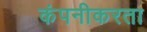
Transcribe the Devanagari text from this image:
कंपनीकरता